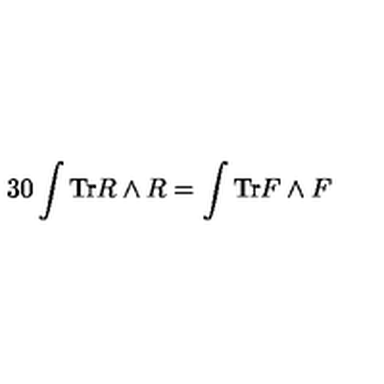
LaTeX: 3 0 \int { \mathrm { T r } R \wedge R } = \int { \mathrm { T r } F \wedge F }